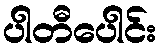
ပါတီပေါင်း